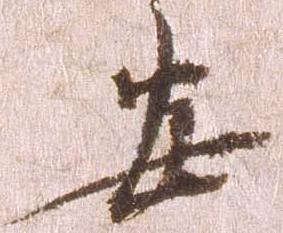
安